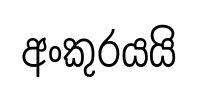
අංකුරයයි